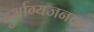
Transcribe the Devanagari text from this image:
दुर्भाग्यजनक